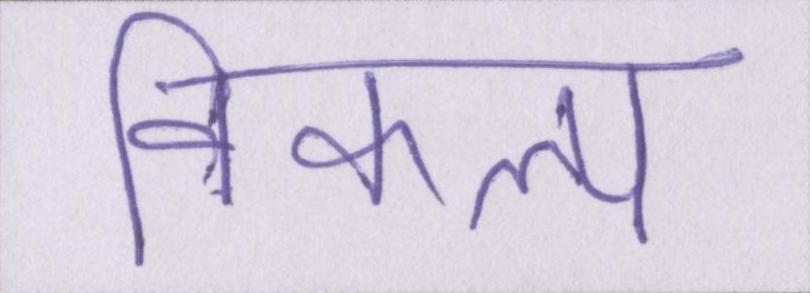
विकल्प